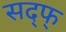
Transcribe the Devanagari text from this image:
सद्फ्